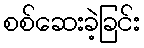
စစ်ဆေးခဲ့ခြင်း